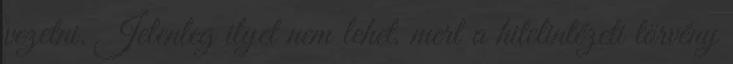
vezetni. Jelenleg ilyet nem lehet, mert a hitelintézeti törvény